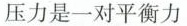
压力是一对平衡力